Papers set at the Examination for Leaving Certificates, 1890
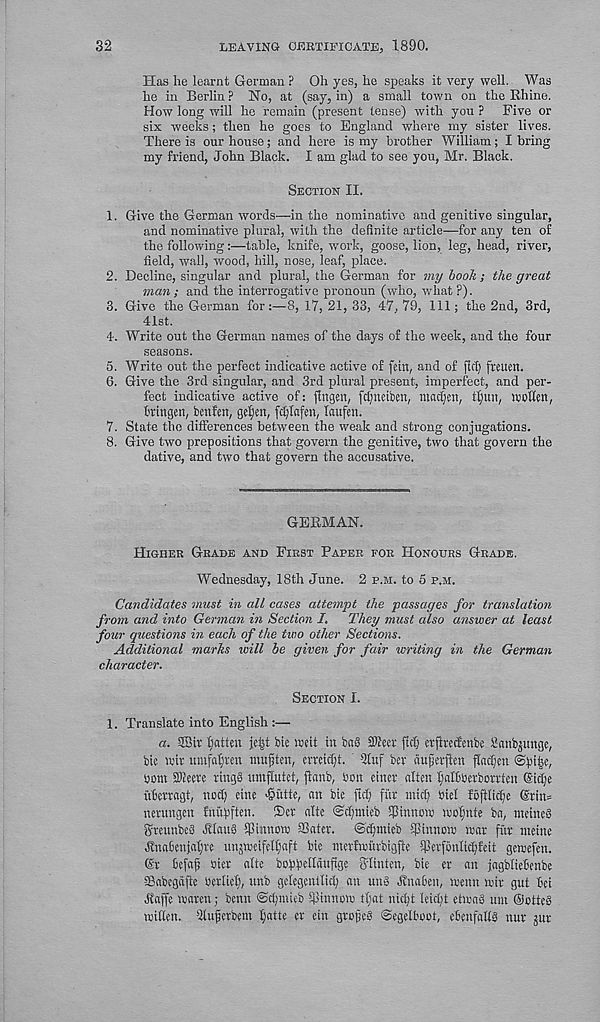
32
LEAVING CERTIFICATE, 1890.
Has he learnt German ? Oh yes, he speaks it very well. Was
he in Berlin ? No, at (say, in) a small town on the Rhine.
How long wall he remain (present tense) with you ? Five or
six weeks; then he goes to England where my sister lives.
There is our house; and here is my brother William; I bring
my friend, John Black. I am glad to see you, Mr. Black.
Section II.
1. Give the German words—in the nominative and genitive singular,
and nominative plural, with the definite article—for any ten of
the following:—table, knife, -work, goose, lion, leg, head, river,
field, wall, wood, hill, nose, leaf, place.
2. Decline, singular and plural, the German for my booh ; the great
man; and the interrogative pronoun (who, what P).
3. Give the German for:—8, 17, 21, 33, 47, 79, 111; the 2nd, 3rd,
41st.
4. Write out the German names of the days of the week, and the four
seasons.
5. Write out the perfect indicative active of fetrt, and of flcf) freuett.
6. Give the 3rd singular, and 3rd plural present, imperfect, and per-
fect indicative active of: flttgen, fdjnetben, niacfjert, fl)un, wofim,
Mngen, benfm, geljen, fdjlafen, laufen.
7. State the differences between the weak and strong conjugations.
8. Give two prepositions that govern the genitive, two that govern the
dative, and two that govern the accusative.
GERMAN.
Higher Grade and First Paper for Honours Grade.
Wednesday, 18th June. 2 p.m. to 5 p.m.
Candidates must in all cases attempt the passages for translation
from and into German in Section /. They must also answer at least
four questions in each of the two other Sections.
Additional marks will be given for fair writing in the German
character.
Section I.
1. Translate into English :—
a. Sffiit fatten je|t bic wit in baS STOeer ftclj etflrecfenbe Sanbjunge,
bit wit urnfaljrai mujjten, cvvcidjt. 5luf bet aufetfien flacljeu ©lithe,
bom SKeete tings umflutct, flanb, bon einet alien (jgttoerbottten (Sidje
nbcttagt, nod) eine 'Suite, an bic ftd) fur mid; oiel fbftlicfe <Srin=
netungen fnupften. Det alte ©d;ntieb ifSin'nmo wofjnte ba, metueS
gteunbeS JllauS fPinnoto ffiater. ©d)mieb ipinnom mat fitt nteine
^nafienja^te unjtocifelljaft bie nierfmurbigfte Ijletfonlic^feit gewefen.
(St befaf; oier alte boWpauftge S’dinten, bie er an jagbliehenbe
Sabegafle Oetlicl;, unb gelegcnllid; an un» Jfnaben, menu wit gut bet
■ ftaffe wtren; benn ©dpnieb iPinnom tl;at nid;t leid;t etioag um OotteS
mitten. Qtufjetbem ^atte er etn gtofeS ©egelboot, ebenfatts nut jut